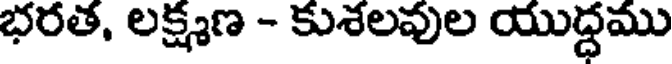
భరత, లక్షణ - కుశలవుల యుద్ధము